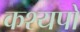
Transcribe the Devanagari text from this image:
कश्यपों